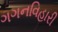
ગગનવિહારી